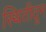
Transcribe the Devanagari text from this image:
स्थितीतून